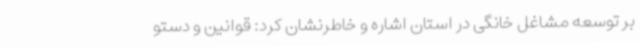
بر توسعه مشاغل خانگی در استان اشاره و خاطرنشان کرد: قوانین و دستو